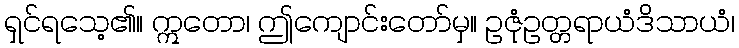
ရှင်ရသေ့၏။ ဣတော၊ ဤကျောင်းတော်မှ။ ဥဇုံဥတ္တရာယံဒိသာယံ၊